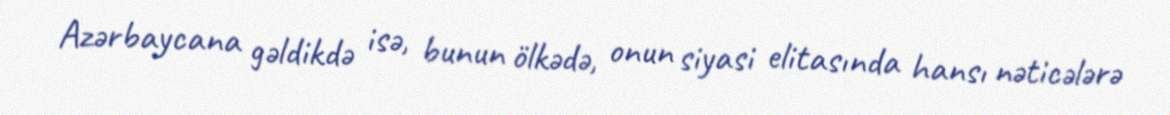
Azərbaycana gəldikdə isə, bunun ölkədə, onun siyasi elitasında hansı nəticələrə